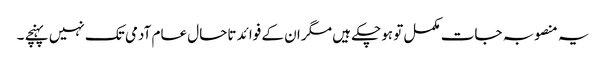
یہ منصوبہ جات مکمل تو ہوچکے ہیں مگر ان کے فوائد تاحال عام آدمی تک نہیں پہنچے ۔